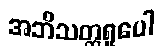
အဘိသတ္တရူပေါ